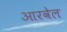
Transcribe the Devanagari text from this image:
आरवेल